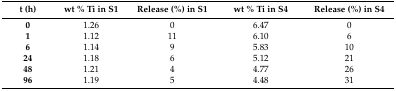
<table><thead><tr><td><b>t (h)</b></td><td><b>wt % Ti in S1</b></td><td><b>Release (%) in S1</b></td><td><b>wt % Ti in S4</b></td><td><b>Release (%) in S4</b></td></tr></thead><tbody><tr><td><b>0</b></td><td>1.26</td><td>0</td><td>6.47</td><td>0</td></tr><tr><td><b>1</b></td><td>1.12</td><td>11</td><td>6.10</td><td>6</td></tr><tr><td><b>6</b></td><td>1.14</td><td>9</td><td>5.83</td><td>10</td></tr><tr><td><b>24</b></td><td>1.18</td><td>6</td><td>5.12</td><td>21</td></tr><tr><td><b>48</b></td><td>1.21</td><td>4</td><td>4.77</td><td>26</td></tr><tr><td><b>96</b></td><td>1.19</td><td>5</td><td>4.48</td><td>31</td></tr></tbody></table>